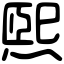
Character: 煕